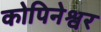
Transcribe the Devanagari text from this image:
कोपिनेश्वर